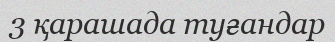
3 қарашада туғандар